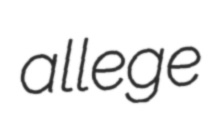
allege